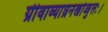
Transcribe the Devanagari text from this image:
ग्रीवाव्याघ्रनखोज्जुलः।